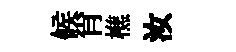
候肖樵汝